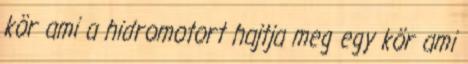
kör ami a hidromotort hajtja meg egy kör ami